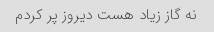
نه گاز زیاد هست دیروز پر کردم